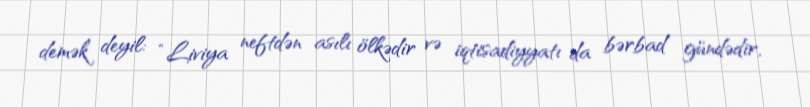
demək deyil: “Liviya neftdən asılı ölkədir və iqtisadiyyatı da bərbad gündədir,